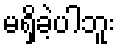
မရှိခဲ့ပါဘူး